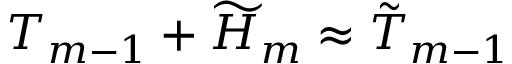
T _ { m - 1 } + \widetilde { H } _ { m } \approx \tilde { T } _ { m - 1 }